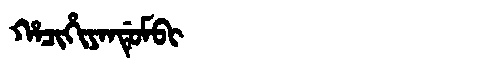
Manchu: ᡥᠠᠴᡳᡥᡳᠶᠠᠨᡩᡠᠮᠪᡳ
Romanization: HACIHIYANDUMBI